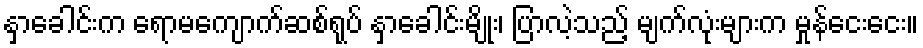
နှာခေါင်းက ရောမကျောက်ဆစ်ရုပ် နှာခေါင်းမျိုး၊ ပြာလဲ့သည့် မျက်လုံးများက မှုန်ငေးငေး။